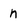
Character: n